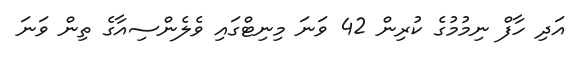
އަދި ހާފް ނިމުމުގެ ކުރިން 42 ވަނަ މިނިޓްގައި ވެލެންސިއާގެ ތިން ވަނަ